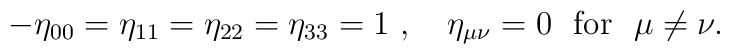
-\eta_{00} = \eta_{11} = \eta_{22} = \eta_{33} = 1~,~~~ \eta_{\mu\nu} = 0 ~~{\rm for}~~ \mu \neq \nu.